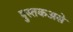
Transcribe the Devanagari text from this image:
पुस्तकअसे